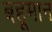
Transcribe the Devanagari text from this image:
बहूमान